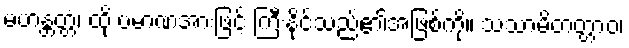
မဟန္တတ္တံ၊ ထို ပမာဏအားဖြင့် ကြီးနိုင်သည်၏အဖြစ်ကို။ သသာမိတတ္တာဝ၊